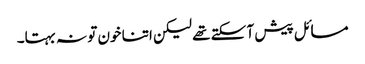
مسائل پیش آ سکتے تھے لیکن اتنا خون تو نہ بہتا۔